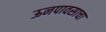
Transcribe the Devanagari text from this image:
ऊनपावसाचा